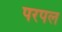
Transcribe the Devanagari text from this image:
परपल